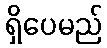
ရှိပေမည်